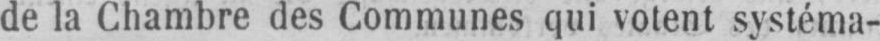
de la Chambre des Communes qui votent systéma-